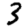
Digit: 3